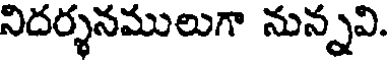
నిదర్శనములుగా నున్నవి.